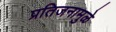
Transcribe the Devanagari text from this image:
प्रतिजनामुळे